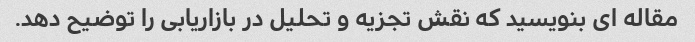
مقاله ای بنویسید که نقش تجزیه و تحلیل در بازاریابی را توضیح دهد.